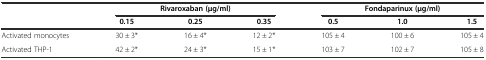
<table><thead><tr><td rowspan="2"></td><td colspan="3"><b>Rivaroxaban (μg/ml)</b></td><td colspan="3"><b>Fondaparinux (μg/ml)</b></td></tr><tr><td><b>0.15</b></td><td><b>0.25</b></td><td><b>0.35</b></td><td><b>0.5</b></td><td><b>1.0</b></td><td><b>1.5</b></td></tr></thead><tbody><tr><td>Activated monocytes</td><td>30 ± 3*</td><td>16 ± 4*</td><td>12 ± 2*</td><td>105 ± 4</td><td>100 ± 6</td><td>105 ± 4</td></tr><tr><td>Activated THP-1</td><td>42 ± 2*</td><td>24 ± 3*</td><td>15 ± 1*</td><td>103 ± 7</td><td>102 ± 7</td><td>105 ± 8</td></tr></tbody></table>